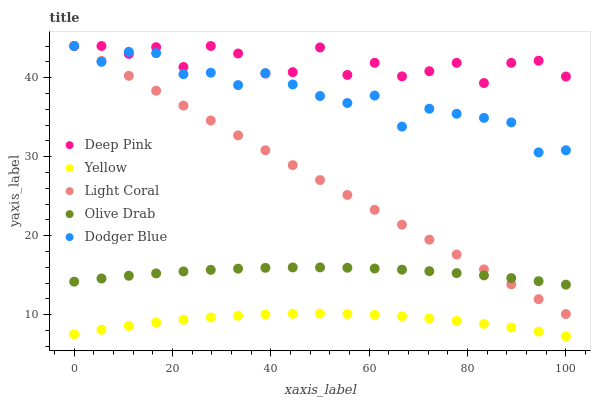
| xaxis_label | Deep Pink | Yellow | Light Coral | Olive Drab | Dodger Blue |
 | --- | --- | --- | --- | --- | --- |
 | 0 | 44 | 7.54 | 44 | 14.2 | 44 |
 | 5.56 | 44 | 8.1 | 42.1 | 14.6 | 42 |
 | 11.1 | 43 | 8.59 | 40.2 | 14.9 | 43.3 |
 | 16.7 | 43.9 | 9.02 | 38.3 | 15.2 | 43.1 |
 | 22.2 | 41.3 | 9.37 | 36.5 | 15.5 | 40.4 |
 | 27.8 | 44 | 9.66 | 34.6 | 15.7 | 40.6 |
 | 33.3 | 43.1 | 9.88 | 32.7 | 15.8 | 39.1 |
 | 38.9 | 40.5 | 10 | 30.8 | 15.9 | 40.6 |
 | 44.4 | 40.7 | 10.1 | 28.9 | 16 | 39.1 |
 | 50 | 43.8 | 10.1 | 27 | 16 | 37.7 |
 | 55.6 | 40.3 | 10.1 | 25.2 | 15.9 | 36.8 |
 | 61.1 | 41.9 | 9.98 | 23.3 | 15.9 | 37.7 |
 | 66.7 | 40.2 | 9.8 | 21.4 | 15.7 | 33.8 |
 | 72.2 | 40.8 | 9.55 | 19.5 | 15.5 | 36.1 |
 | 77.8 | 41.9 | 9.23 | 17.6 | 15.3 | 35.4 |
 | 83.3 | 39.3 | 8.84 | 15.7 | 15 | 34.9 |
 | 88.9 | 41.9 | 8.39 | 13.9 | 14.6 | 34.3 |
 | 94.4 | 42.1 | 7.87 | 12 | 14.3 | 30.5 |
 | 100 | 40.1 | 7.28 | 10.1 | 13.8 | 30.8 |